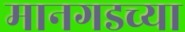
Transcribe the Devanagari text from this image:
मानगडच्या